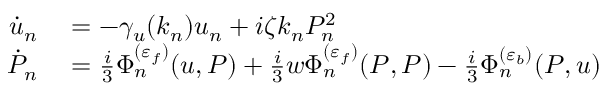
\begin{array} { r l } { \dot { u } _ { n } } & { { } = - \gamma _ { u } ( k _ { n } ) u _ { n } + i \zeta k _ { n } P _ { n } ^ { 2 } } \\ { \dot { P } _ { n } } & { { } = \frac { i } { 3 } \Phi _ { n } ^ { ( \varepsilon _ { f } ) } ( u , P ) + \frac { i } { 3 } w \Phi _ { n } ^ { ( \varepsilon _ { f } ) } ( P , P ) - \frac { i } { 3 } \Phi _ { n } ^ { ( \varepsilon _ { b } ) } ( P , u ) } \end{array}